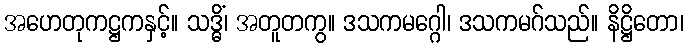
အဟေတုကဋ္ဌကနှင့်။ သဒ္ဓိံ၊ အတူတကွ။ ဒသကမဂ္ဂေါ၊ ဒသကမဂ်သည်။ နိဋ္ဌိတော၊